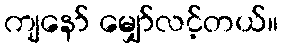
ကျနော် မျှော်လင့်တယ်။